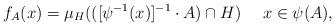
LaTeX: \begin{align*}f_A(x)=\mu_H( ([\psi^{-1}(x)]^{-1} \cdot A) \cap H) \ \ \ \ x \in \psi(A), \end{align*}